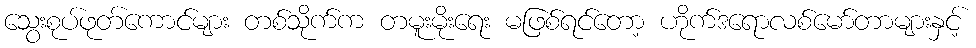
သွေးစုပ်ဖုတ်ကောင်များ တစ်သိုက်က တမူးမိုးရေး မဖြစ်ရင်တော့ ဟိုက်ဒရောလစ်မော်တာများနှင့်